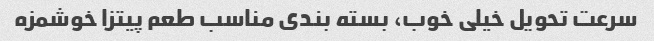
سرعت تحویل خیلی خوب، بسته بندی مناسب طعم پیتزا خوشمزه